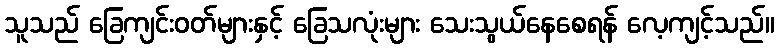
သူသည် ခြေကျင်းဝတ်များနှင့် ခြေသလုံးများ သေးသွယ်နေစေရန် လေ့ကျင့်သည်။